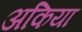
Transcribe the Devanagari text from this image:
अकिया